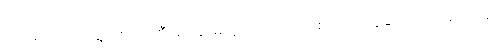
လှူဒါန်းသည့်အဖွဲ့အစည်းကြီးများနှင့်မတူသည်မှာ ဂိတ်စ်သည် ငွေကြေး လှူဒါန်းရာတွင်